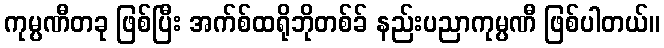
ကုမ္ပဏီတခု ဖြစ်ပြီး အက်စ်ထရိုဘိုတစ်ခ် နည်းပညာကုမ္ပဏီ ဖြစ်ပါတယ်။